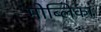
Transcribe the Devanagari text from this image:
मोब्लिका